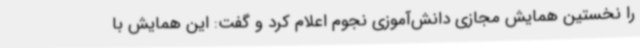
را نخستین همایش مجازی دانش‌آموزی نجوم اعلام کرد و گفت: این همایش با